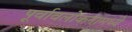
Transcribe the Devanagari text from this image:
पूर्वावलोकनामध्ये